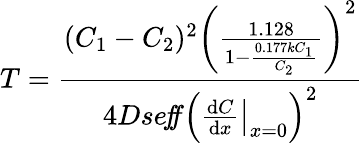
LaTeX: T={\frac{(C_{1}-C_{2})^{2}\left({\frac{1.128}{1-{\frac{0.177kC_{1}}{C_{2}}}}}\right)^{2}}{4Dse\! f\! \! f\left(\left.{\frac{\mathrm{d}C}{\mathrm{d}x}}\right|_{x=0}\right)^{2}}}